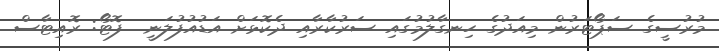
މުރުސީގެ ސަޕޯޓަރުން މިއަދުގެ ހިނގާލުމުގައި ސަރުކާރާއި ދެކޮޅަށް އަޑުއުފުލަނީ  ފޮޓޯ: ރޮއިޓާސް